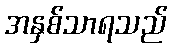
အနှစ်သာရသည်